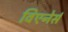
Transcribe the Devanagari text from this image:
विएनेर्स